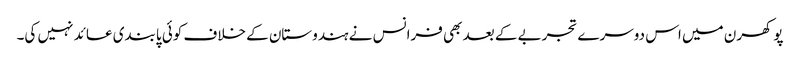
پوکھرن میں اس دوسرے تجربے کے بعد بھی فرانس نے ہندوستان کے خلاف کوئی پابندی عائد نہیں کی۔